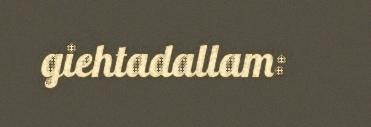
giehtadallam: